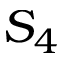
S _ { 4 }